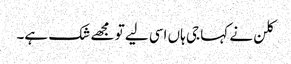
کلن نے کہا جی ہاں اسی لیے تو مجھے شک ہے۔